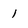
Character: 1